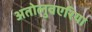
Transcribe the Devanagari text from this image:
अतोलुवएरिया